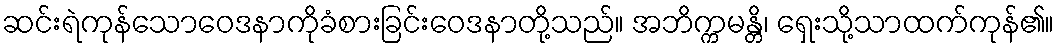
ဆင်းရဲကုန်သောဝေဒနာကိုခံစားခြင်းဝေဒနာတို့သည်။ အဘိက္ကမန္တိ၊ ရှေးသို့သာထက်ကုန်၏။